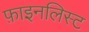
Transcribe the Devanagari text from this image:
फ़ाइनलिस्ट